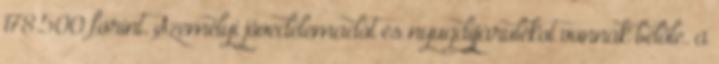
178.500 forint. Személyi jövedelemadót és nyugdíjjárulékot vonnak belőle. a